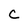
Character: C